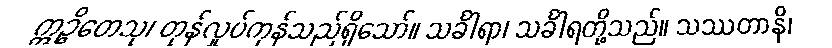
ဣဉ္ဇိတေသု၊ တုန်လှုပ်ကုန်သည်ရှိသော်။ သင်္ခါရာ၊ သင်္ခါရတို့သည်။ သဿတာနိ၊